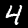
Digit: 4